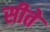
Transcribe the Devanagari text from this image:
सीते